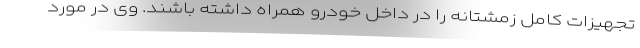
تجهیزات کامل زمشتانه را در داخل خودرو همراه داشته باشند. وی در مورد